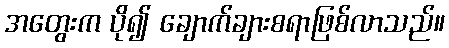
အတွေးက ပို၍ ချောက်ချားစရာဖြစ်လာသည်။